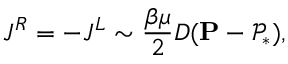
J ^ { R } = - J ^ { L } \sim \frac { \beta \mu } { 2 } D ( \mathbf { P } - \mathcal { P } _ { * } ) ,